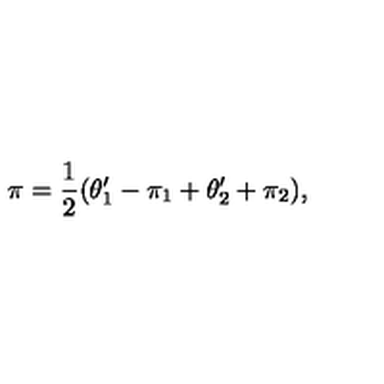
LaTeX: \pi = { \frac { 1 } { 2 } } ( \theta _ { 1 } ^ { \prime } - \pi _ { 1 } + \theta _ { 2 } ^ { \prime } + \pi _ { 2 } ) ,